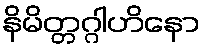
နိမိတ္တဂ္ဂါဟိနော